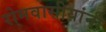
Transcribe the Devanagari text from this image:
रोमवासीयांनी